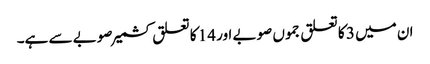
ان میں 3 کا تعلق جموں صوبے اور 14 کا تعلق کشمیر صوبے سے ہے۔